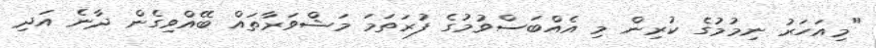
"މިއަހަރު ނިމުމުގެ ކުރިން މި އެއްބަސްވުމުގެ ފުރަތަމަ މަޝްވަރާތައް ބޭއްވިގެން ދާނެ އަދި